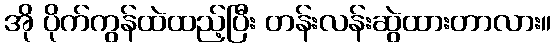
အို ပိုက်ကွန်ထဲထည့်ပြီး တန်းလန်းဆွဲထားတာလား။